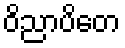
ဝိညာပိတေ